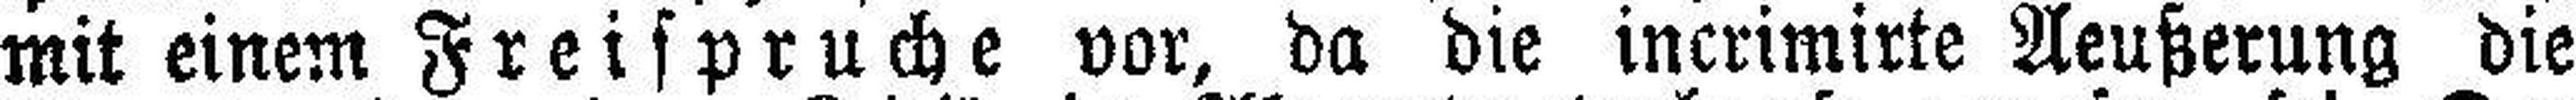
mit einem Freispruche vor, da die incrimirte Aeußerung die